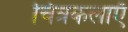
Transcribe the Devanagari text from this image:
चित्रकलाएँ